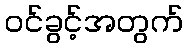
ဝင်ခွင့်အတွက်